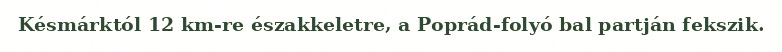
Késmárktól 12 km-re északkeletre, a Poprád-folyó bal partján fekszik.